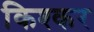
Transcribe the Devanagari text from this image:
किश्कर